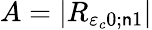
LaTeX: A=\vert{R}_{{\varepsilon}_{c}0;{\mathsf{n}}1}\vert